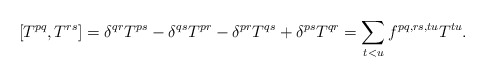
\begin{align*}[T^{pq},T^{rs}]=\delta^{qr} T^{ps}-\delta^{qs} T^{pr} -\delta^{pr} T^{qs}+\delta^{ps} T^{qr}=\sum_{t<u} f^{pq,rs,tu} T^{tu}.\end{align*}